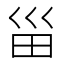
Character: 甾